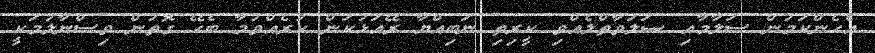
އެހެންކަމުން ސަލާމާއި ޞަލަވާތްލެއްވި ކީރިތި ނަބިއްޔާ ރޭއަޅުކަން ކުރެއްވުމާ ބެހޭ ގޮތުން ވިސްނާލުމަކީ